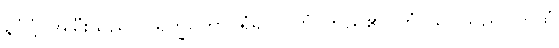
နင်္ဂုဋ္ဌံ၊ အမြီးသည်။ ပရိက္ခိပိတွာ၊ ရံ၍။ ဂတံ၊ တည်၏။ တွံ၊ သင်သည်။ ကထံ